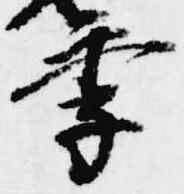
季